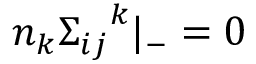
n _ { k } { { \Sigma } _ { i j } } ^ { k } { \vert } _ { - } = 0